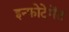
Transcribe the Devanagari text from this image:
इन्फोटेमेंट